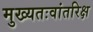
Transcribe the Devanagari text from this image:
मुख्‍यतःवांतरिक्ष